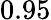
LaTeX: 0.95